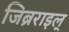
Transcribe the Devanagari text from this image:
जिब्रराइल्